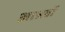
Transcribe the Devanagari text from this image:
आश्रवों